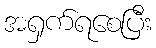
အရှက်ရစေပြီး